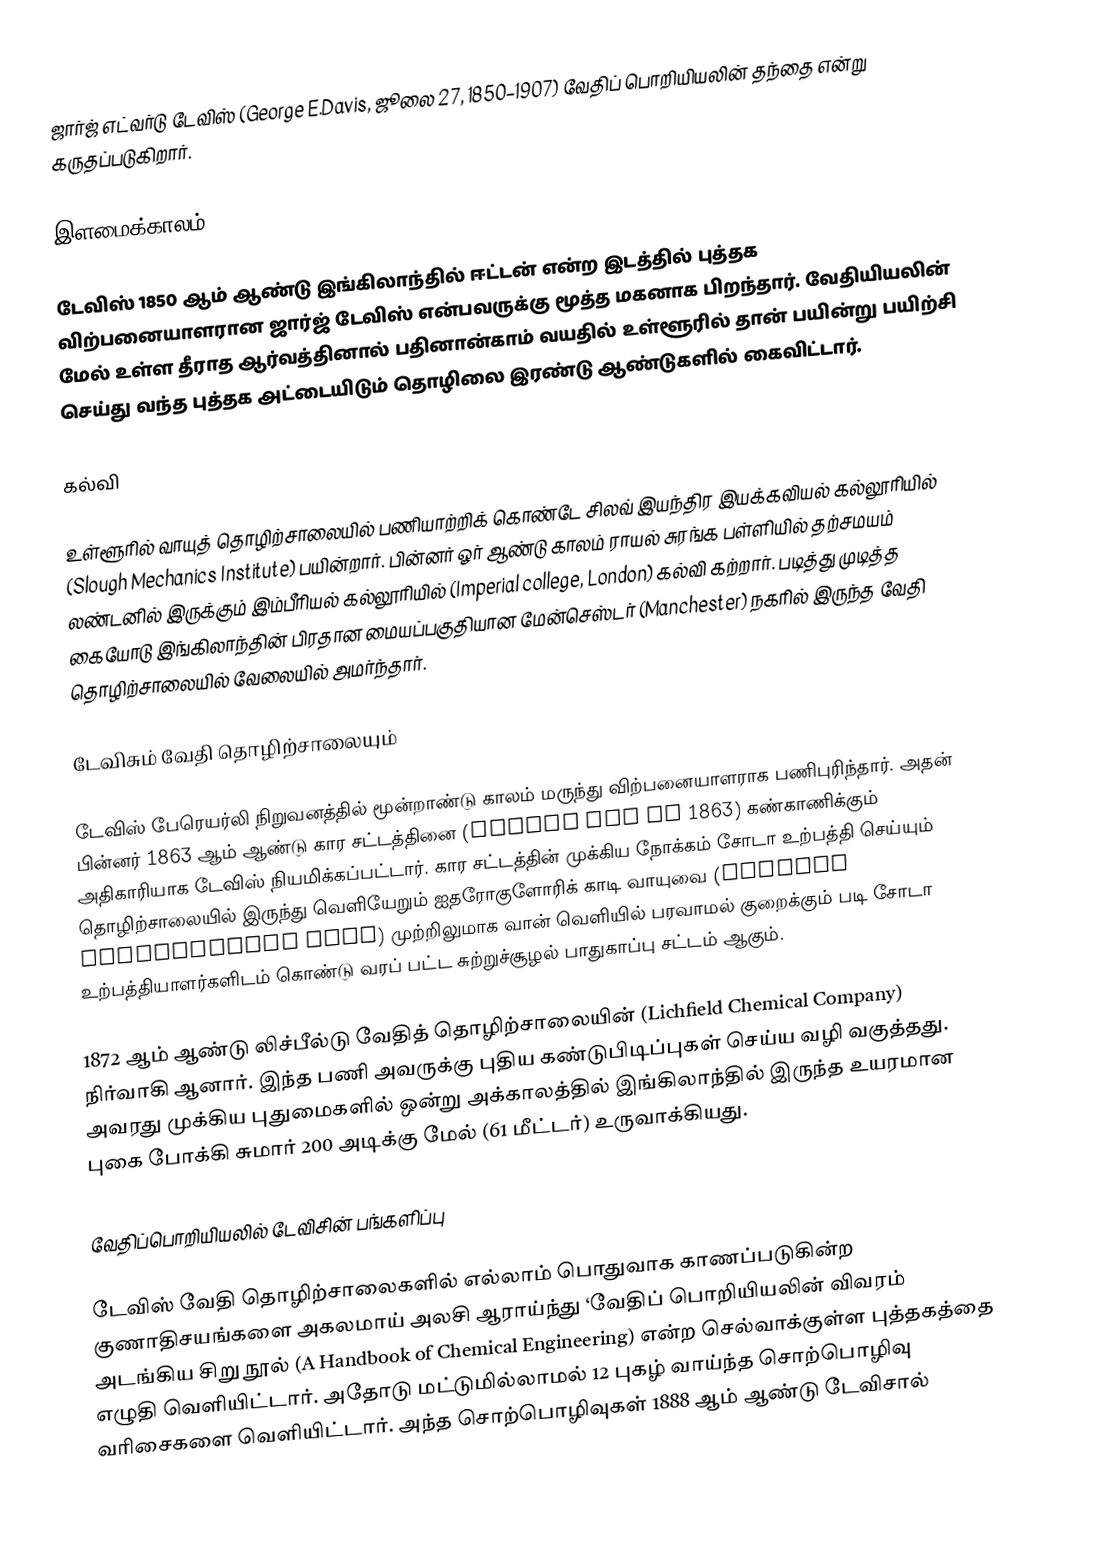
ஜார்ஜ் எட்வர்டு டேவிஸ் (George E.Davis, ஜூலை 27, 1850–1907) வேதிப் பொறியியலின் தந்தை என்று கருதப்படுகிறார்.

இளமைக்காலம்

டேவிஸ் 1850 ஆம் ஆண்டு இங்கிலாந்தில் ஈட்டன் என்ற இடத்தில் புத்தக விற்பனையாளரான ஜார்ஜ் டேவிஸ் என்பவருக்கு மூத்த மகனாக பிறந்தார். வேதியியலின் மேல் உள்ள தீராத ஆர்வத்தினால் பதினான்காம் வயதில் உள்ளூரில் தான் பயின்று பயிற்சி செய்து வந்த புத்தக அட்டையிடும் தொழிலை இரண்டு ஆண்டுகளில் கைவிட்டார்.

கல்வி

உள்ளூரில் வாயுத் தொழிற்சாலையில் பணியாற்றிக் கொண்டே சிலவ் இயந்திர இயக்கவியல் கல்லூரியில் (Slough Mechanics Institute) பயின்றார். பின்னர் ஓர் ஆண்டு காலம் ராயல் சுரங்க பள்ளியில் தற்சமயம் லண்டனில் இருக்கும் இம்பீரியல் கல்லூரியில் (Imperial college, London) கல்வி கற்றார். படித்து முடித்த கையோடு இங்கிலாந்தின் பிரதான மையப்பகுதியான மேன்செஸ்டர் (Manchester) நகரில் இருந்த வேதி தொழிற்சாலையில் வேலையில் அமர்ந்தார்.

டேவிசும் வேதி தொழிற்சாலையும்

டேவிஸ் பேரெயர்லி நிறுவனத்தில் மூன்றாண்டு காலம் மருந்து விற்பனையாளராக பணிபுரிந்தார். அதன் பின்னர் 1863 ஆம் ஆண்டு கார சட்டத்தினை (Alkali Act of 1863) கண்காணிக்கும் அதிகாரியாக டேவிஸ் நியமிக்கப்பட்டார். கார சட்டத்தின் முக்கிய நோக்கம் சோடா உற்பத்தி செய்யும் தொழிற்சாலையில் இருந்து வெளியேறும் ஐதரோகுளோரிக் காடி வாயுவை (Gaseous Hydrochloric Acid) முற்றிலுமாக வான் வெளியில் பரவாமல் குறைக்கும் படி சோடா உற்பத்தியாளர்களிடம் கொண்டு வரப் பட்ட சுற்றுச்சூழல் பாதுகாப்பு சட்டம் ஆகும்.

1872 ஆம் ஆண்டு லிச்பீல்டு வேதித் தொழிற்சாலையின் (Lichfield Chemical Company) நிர்வாகி ஆனார். இந்த பணி அவருக்கு புதிய கண்டுபிடிப்புகள் செய்ய வழி வகுத்தது. அவரது முக்கிய புதுமைகளில் ஒன்று அக்காலத்தில் இங்கிலாந்தில் இருந்த உயரமான புகை போக்கி சுமார் 200 அடிக்கு மேல் (61 மீட்டர்) உருவாக்கியது.

வேதிப்பொறியியலில் டேவிசின் பங்களிப்பு

டேவிஸ் வேதி தொழிற்சாலைகளில் எல்லாம் பொதுவாக காணப்படுகின்ற குணாதிசயங்களை அகலமாய் அலசி ஆராய்ந்து ‘வேதிப் பொறியியலின் விவரம் அடங்கிய சிறு நூல் (A Handbook of Chemical Engineering) என்ற செல்வாக்குள்ள புத்தகத்தை எழுதி வெளியிட்டார். அதோடு மட்டுமில்லாமல் 12 புகழ் வாய்ந்த சொற்பொழிவு வரிசைகளை வெளியிட்டார். அந்த சொற்பொழிவுகள் 1888 ஆம் ஆண்டு டேவிசால்